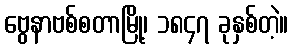
ဗွေနာဗစ်စတာမြို့၊ ၁၈၄၇ ခုနှစ်တဲ့။